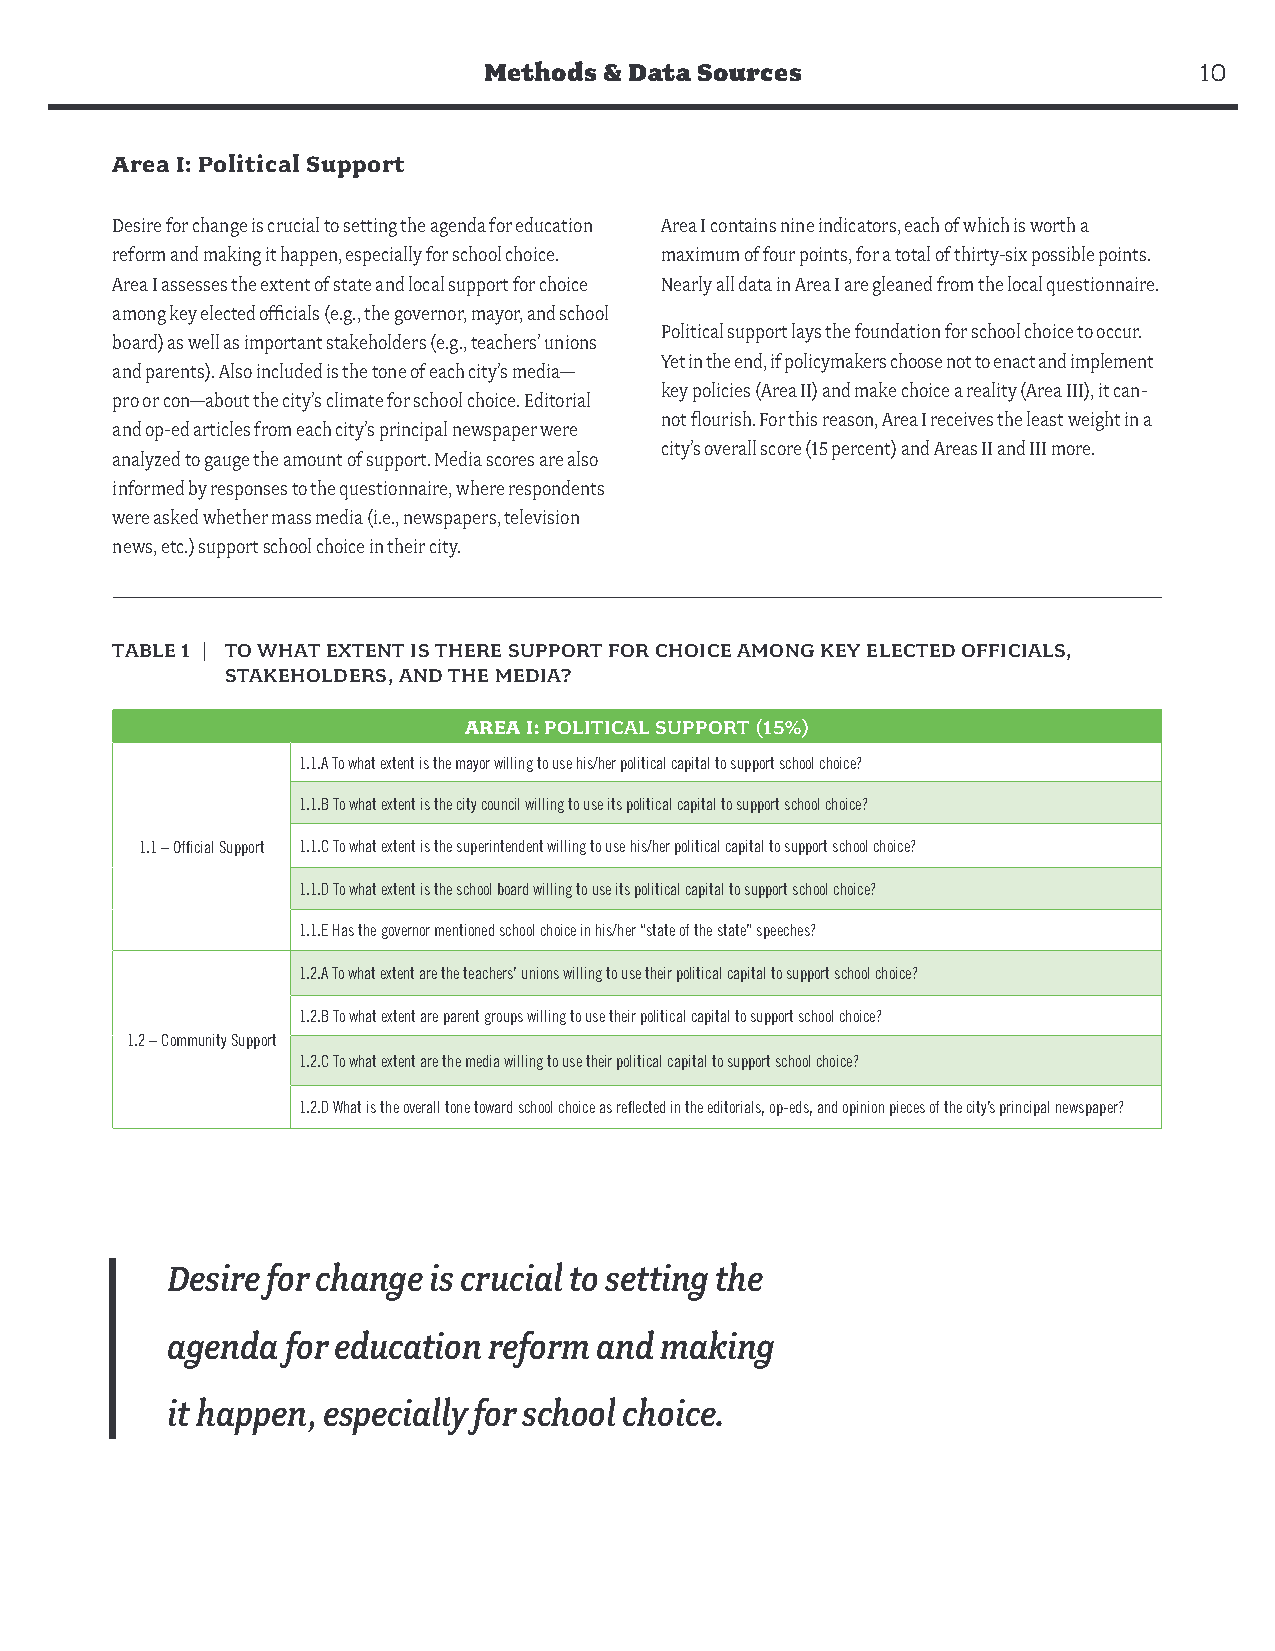
Methods & Data Sources                         10
 Area I: Political Support
 Desire for change is crucial to setting the agenda for education Area I contains nine indicators, each of which is worth a
 reform and making it happen, especially for school choice. maximum of four points, for a total of thirty-six possible points.
 Area I assesses the extent of state and local support for choice Nearly all data in Area I are gleaned from the local questionnaire.
 among key elected officials (e.g., the governor, mayor, and school
 Political support lays the foundation for school choice to occur.
 board) as well as important stakeholders (e.g., teachers’ unions
 Yet in the end, if policymakers choose not to enact and implement
 and parents). Also included is the tone of each city’s media—
 key policies (Area II) and make choice a reality (Area III), it can-
 pro or con—about the city’s climate for school choice. Editorial
 not flourish. For this reason, Area I receives the least weight in a
 and op-ed articles from each city’s principal newspaper were
 city’s overall score (15 percent) and Areas II and III more.
 analyzed to gauge the amount of support. Media scores are also
 informed by responses to the questionnaire, where respondents
 were asked whether mass media (i.e., newspapers, television
 news, etc.) support school choice in their city.
 TABLE 1 | TO WHAT EXTENT IS THERE SUPPORT FOR CHOICE AMONG KEY ELECTED OFFICIALS,
 STAKEHOLDERS, AND THE MEDIA?
 AREA I: POLITICAL SUPPORT (15%)
 1.1.A To what extent is the mayor willing to use his/her political capital to support school choice?
 1.1.B To what extent is the city council willing to use its political capital to support school choice?
 1.1 – Official Support 1.1.C To what extent is the superintendent willing to use his/her political capital to support school choice?
 1.1.D To what extent is the school board willing to use its political capital to support school choice?
 1.1.E Has the governor mentioned school choice in his/her “state of the state” speeches?
 1.2.A To what extent are the teachers’ unions willing to use their political capital to support school choice?
 1.2.B To what extent are parent groups willing to use their political capital to support school choice?
 1.2 – Community Support
 1.2.C To what extent are the media willing to use their political capital to support school choice?
 1.2.D What is the overall tone toward school choice as reflected in the editorials, op-eds, and opinion pieces of the city’s principal newspaper?
 Desire for change is crucial to setting the
 agenda  for education reform and making
 it happen, especially for school choice.